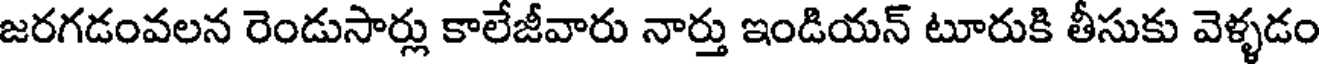
జరగడంవలన రెండుసార్లు కాలేజీవారు నార్తు ఇండియన్ టూరుకి తీసుకు వెళ్ళడం